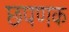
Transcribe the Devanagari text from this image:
छपणक